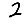
Digit: 2